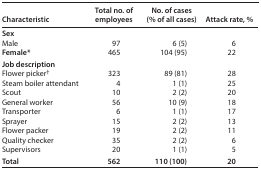
| Characteristic | Total no. of employees | No. of cases (% of all cases) | Attack rate, % |
 | --- | --- | --- | --- |
 | <COLSPAN=4> Sex |
 | Male | 97 | 6 (5) | 6 |
 | Female* | 465 | 104 (95) | 22 |
 | <COLSPAN=4> Job description |
 | Flower picker† | 323 | 89 (81) | 28 |
 | Steam boiler attendant | 4 | 1 (1) | 25 |
 | Scout | 10 | 2 (2) | 20 |
 | General worker | 56 | 10 (9) | 18 |
 | Transporter | 6 | 1 (1) | 17 |
 | Sprayer | 15 | 2 (2) | 13 |
 | Flower packer | 19 | 2 (2) | 11 |
 | Quality checker | 35 | 2 (2) | 6 |
 | Supervisors | 20 | 1 (1) | 5 |
 | Total | 562 | 110 (100) | 20 |